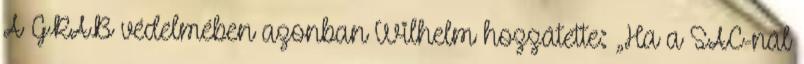
A GRAB védelmében azonban Wilhelm hozzátette: „Ha a SAC-nál